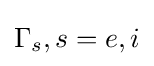
\Gamma _{s},s=e,i